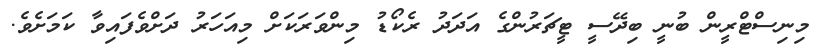
މިނިސްޓްރީން ބުނީ ބިދޭސީ ޓީޗަރުންގެ އަދަދު ރެކޯޑު މިންވަރަކަށް މިއަހަރު ދަށްވެފައިވާ ކަަމަށެވެ.